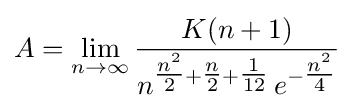
A=\lim _{n\rightarrow \infty }{\frac {K(n+1)}{n^{{\tfrac {n^{2}}{2}}+{\tfrac {n}{2}}+{\tfrac {1}{12}}}\,e^{-{\tfrac {n^{2}}{4}}}}}